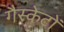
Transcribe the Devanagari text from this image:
गैस्केटों